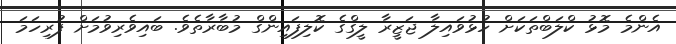
އެންމެ މޮޅު ކްލަބްތަކަށް ހުޅުވައިލާ ޖަޒީރާ ލީގްގެ ކޮލިފައިންގް މުބާރާތެވެ. ބައިވެރިވުމަށް ފުރިހަމަ